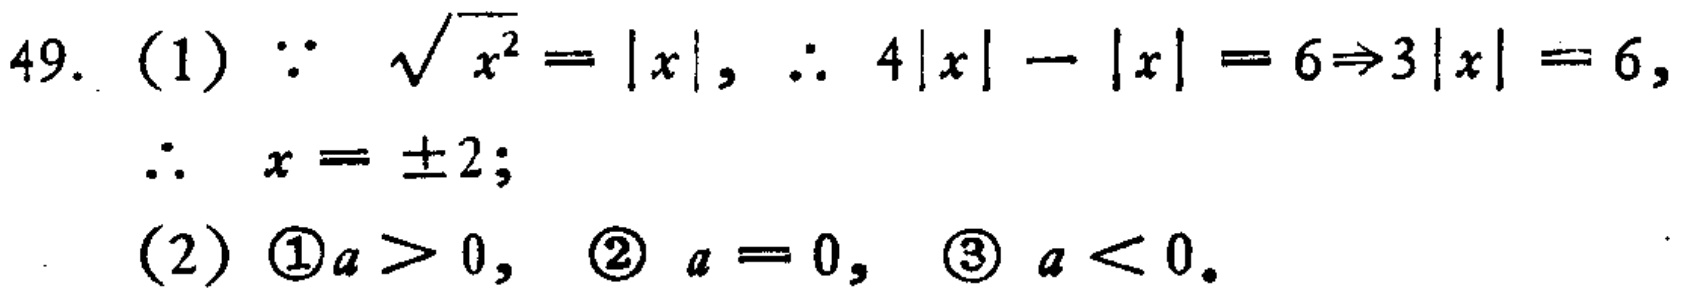
49. (1) $\because \sqrt{x^{2}} = |x|$, $\therefore 4|x| - |x| = 6\Rightarrow 3|x| = 6$,
$\therefore x = \pm 2$;
(2) \textcircled{1}$a > 0$, \textcircled{2} $a = 0$, \textcircled{3} $a < 0$.